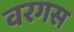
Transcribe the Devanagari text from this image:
वरगस